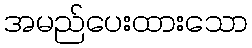
အမည်ပေးထားသော